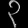
Digit: ၃